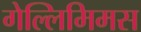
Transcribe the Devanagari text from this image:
गेल्‍लिमिमस